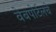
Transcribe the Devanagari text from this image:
वेबपोर्टलचे